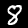
Label: 8